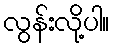
လွန်းလို့ပါ။